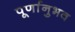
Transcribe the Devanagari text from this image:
पूर्णानुभव